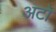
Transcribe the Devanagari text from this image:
अटो